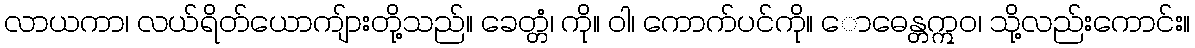
လာယကာ၊ လယ်ရိတ်ယောကျ်ားတို့သည်။ ခေတ္တံ၊ ကို။ ဝါ၊ ကောက်ပင်ကို။ ောဓေန္တဣဝ၊ သို့လည်းကောင်း။